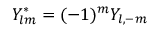
Y _ { l m } ^ { * } = ( - 1 ) ^ { m } Y _ { l , - m }